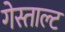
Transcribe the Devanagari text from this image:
गेस्ताल्ट